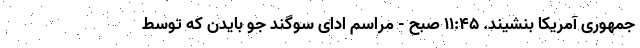
جمهوری آمریکا بنشیند. ۱۱:۴۵ صبح - مراسم ادای سوگند جو بایدن که توسط